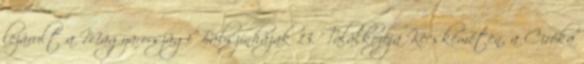
lezárult a Magyarországi Bábszínházak 13. Találkozója Kecskeméten, a Ciróka